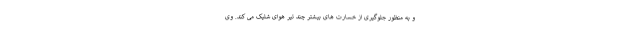
و به منظور جلوگیری از خسارت های بیشتر چند تیر هوای شلیک می کند. وی